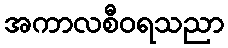
အကာလစီဝရသညာ